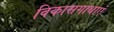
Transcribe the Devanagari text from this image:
विकासगाथाएं